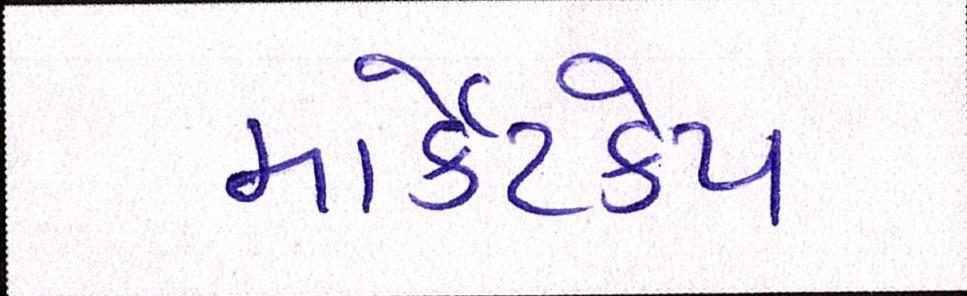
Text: માર્કેટકેપ